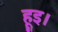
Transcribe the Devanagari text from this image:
हूइ।